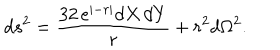
LaTeX: d s ^ { 2 } = { \frac { 3 2 \, e ^ { \vert - r \vert } d X \, d Y } { r } } + r ^ { 2 } d \Omega ^ { 2 } .